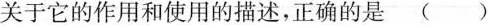
关于它的作用和使用的描述，正确的是（）